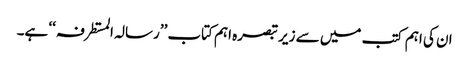
ان کی اہم کتب میں سے زیر تبصرہ اہم کتاب ’’رسالہ المستطرفہ ‘‘ ہے۔